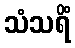
သံသရိံ